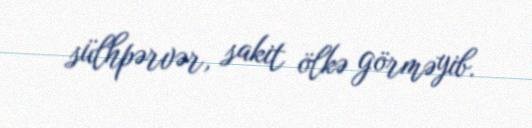
sülhpərvər, sakit ölkə görməyib.